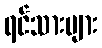
ရင်သားများ